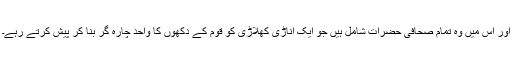
اور اس میں وہ تمام صحافی حضرات شامل ہیں جو ایک اناڑی کھلاڑی کو قوم کے دکھوں کا واحد چارہ گر بنا کر پیش کرتے رہے۔